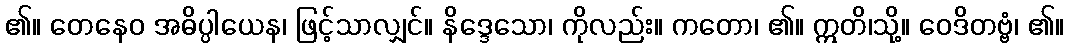
၏။ တေနေဝ အဓိပ္ပါယေန၊ ဖြင့်သာလျှင်။ နိဒ္ဒေသော၊ ကိုလည်း။ ကတော၊ ၏။ ဣတိ၊သို့။ ဝေဒိတဗ္ဗံ၊ ၏။